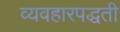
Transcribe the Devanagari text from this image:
व्यवहारपद्धती